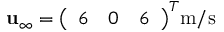
\mathbf { u } _ { \infty } = { \left( \begin{array} { l l l } { 6 } & { 0 } & { 6 } \end{array} \right) } ^ { T } { \mathrm { m / s } }